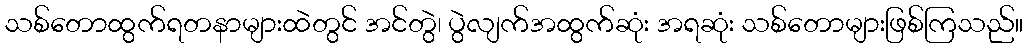
သစ်တောထွက်ရတနာများထဲတွင် အင်တွဲ၊ ပွဲလျက်အထွက်ဆုံး အရဆုံး သစ်တောများဖြစ်ကြသည်။